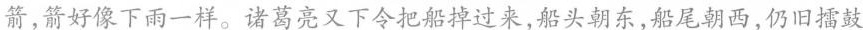
箭，箭好像下雨一样。诸葛亮又下令把船掉过来，船头朝东，船尾朝西，仍旧擂鼓